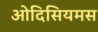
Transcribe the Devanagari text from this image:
ओदिसियमस